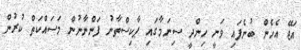
އަޖޭ އެހެން ބުނެފައި ވަނީ ހިންދީ ސިނަމާގައި ޕާކިސްތާނު ފަންނާނުން މަސައްކަތް ކުރުން